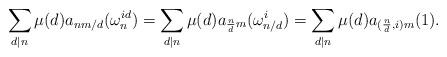
LaTeX: \begin{align*}\sum_{d \mid n} \mu(d) a_{nm/d}(\omega_n^{id}) = \sum_{d \mid n} \mu(d) a_{\frac{n}{d} m}(\omega_{n/d}^i)= \sum_{d \mid n} \mu(d) a_{(\frac{n}{d},i) m}(1).\end{align*}